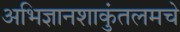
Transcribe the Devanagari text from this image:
अभिज्ञानशाकुंतलमचे